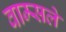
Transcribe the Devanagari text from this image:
वाम्सले